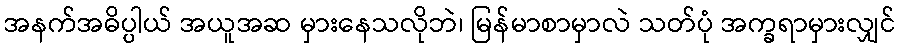
အနက်အဓိပ္ပါယ် အယူအဆ မှားနေသလိုဘဲ၊ မြန်မာစာမှာလဲ သတ်ပုံ အက္ခရာမှားလျှင်